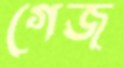
গেজ